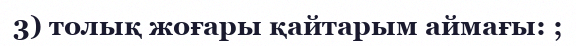
3) толық жоғары қайтарым аймағы: ;